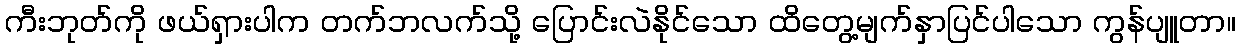
ကီးဘုတ်ကို ဖယ်ရှားပါက တက်ဘလက်သို့ ပြောင်းလဲနိုင်သော ထိတွေ့မျက်နှာပြင်ပါသော ကွန်ပျူတာ။